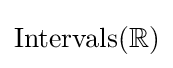
\operatorname {Intervals} (\mathbb {R} )